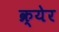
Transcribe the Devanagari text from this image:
क्र्येर